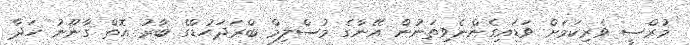
މުރްސީ ވެރިކަމަށް ވަޑައިގެންނެވިތަނުން އޭނާގެ މުސްލިމް ބްރަދަހުޑްގެ ބާރު އޮތް ގާނޫނު ހަދާ